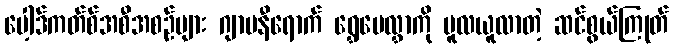
ပေါ့ဒ်ကတ်စ်အစီအစဉ်များ ဂျာမနီရောက် ရွှေပေလွှာကို မူလယူလာတဲ့ ဆင်စွယ်ကြုတ်